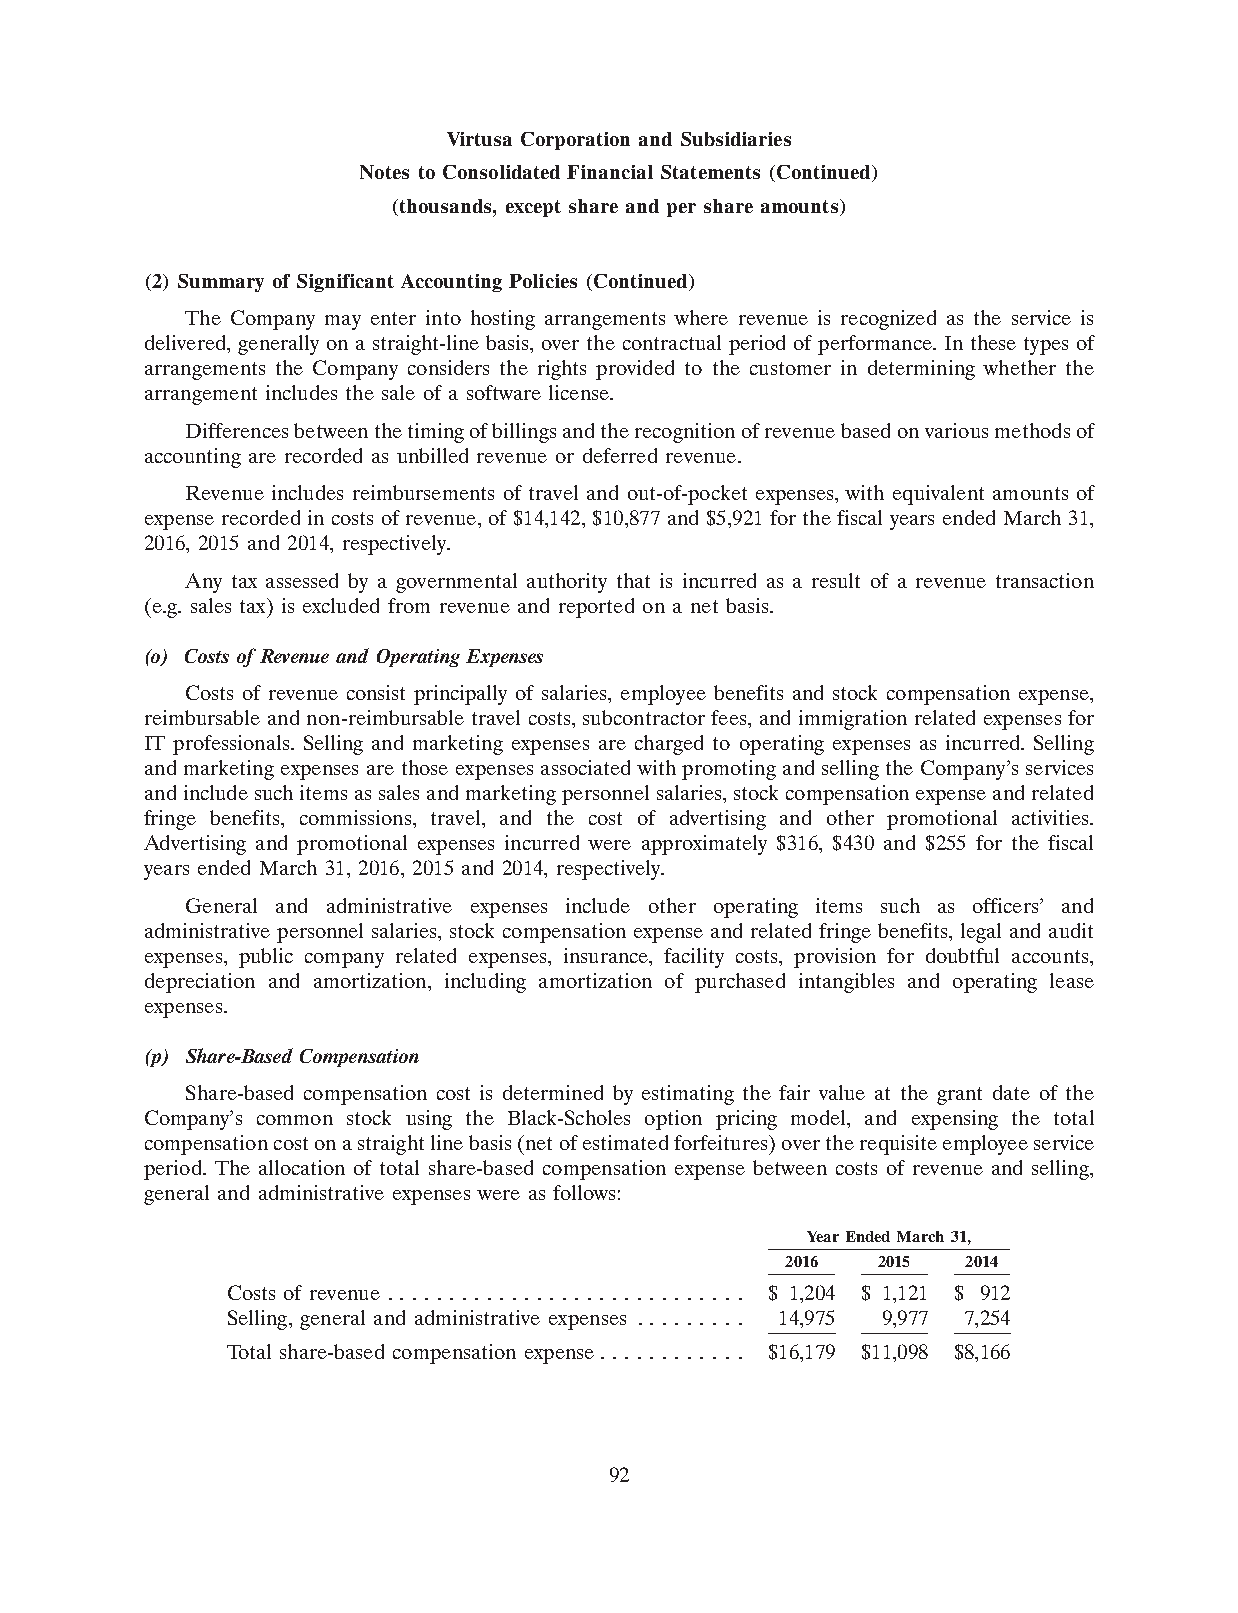
Virtusa Corporation and Subsidiaries
 Notes to Consolidated Financial Statements (Continued)
 (thousands, except share and per share amounts)
 (2) Summary of Significant Accounting Policies (Continued)
 The Company may enter into hosting arrangements where revenue is recognized as the service is
 delivered, generally on a straight-line basis, over the contractual period of performance. In these types of
 arrangements the Company considers the rights provided to the customer in determining whether the
 arrangement includes the sale of a software license.
 Differences between the timing of billings and the recognition of revenue based on various methods of
 accounting are recorded as unbilled revenue or deferred revenue.
 Revenue includes reimbursements of travel and out-of-pocket expenses, with equivalent amounts of
 expense recorded in costs of revenue, of $14,142, $10,877 and $5,921 for the fiscal years ended March 31,
 2016, 2015 and 2014, respectively.
 Any tax assessed by a governmental authority that is incurred as a result of a revenue transaction
 (e.g. sales tax) is excluded from revenue and reported on a net basis.
 (o) Costs of Revenue and Operating Expenses
 Costs of revenue consist principally of salaries, employee benefits and stock compensation expense,
 reimbursable and non-reimbursable travel costs, subcontractor fees, and immigration related expenses for
 IT professionals. Selling and marketing expenses are charged to operating expenses as incurred. Selling
 and marketing expenses are those expenses associated with promoting and selling the Company’s services
 and include such items as sales and marketing personnel salaries, stock compensation expense and related
 fringe benefits, commissions, travel, and the cost of advertising and other promotional activities.
 Advertising and promotional expenses incurred were approximately $316, $430 and $255 for the fiscal
 years ended March 31, 2016, 2015 and 2014, respectively.
 General and administrative expenses include other operating items such as officers’ and
 administrative personnel salaries, stock compensation expense and related fringe benefits, legal and audit
 expenses, public company related expenses, insurance, facility costs, provision for doubtful accounts,
 depreciation and amortization, including amortization of purchased intangibles and operating lease
 expenses.
 (p) Share-Based Compensation
 Share-based compensation cost is determined by estimating the fair value at the grant date of the
 Company’s common stock using the Black-Scholes option pricing model, and expensing the total
 compensation cost on a straight line basis (net of estimated forfeitures) over the requisite employee service
 period. The allocation of total share-based compensation expense between costs of revenue and selling,
 general and administrative expenses were as follows:
 Year Ended March 31,
 2016  2015  2014
 Costs of revenue . . . . . . . . . . . . . . . . . . . . . . . . . . . . . $ 1,204 $ 1,121 $ 912
 Selling, general and administrative expenses . . . . . . . . . 14,975 9,977 7,254
 Total share-based compensation expense. . . . . . . . . . . . $16,179 $11,098 $8,166
 92